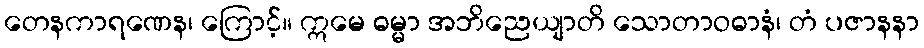
တေနကာရဏေန၊ ကြောင့်။ ဣမေ ဓမ္မာ အဘိညေယျာတိ သောတာဝဓာနံ၊ တံ ပဇာနနာ